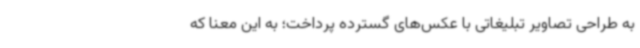
به طراحی تصاویر تبلیغاتی با عکس‌های گسترده پرداخت؛ به این معنا که